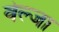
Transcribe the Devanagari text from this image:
वेल्जा